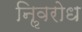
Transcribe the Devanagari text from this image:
निॢवरोध